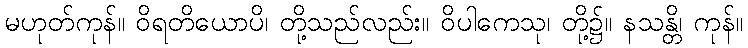
မဟုတ်ကုန်။ ဝိရတိယောပိ၊ တို့သည်လည်း။ ဝိပါကေသု၊ တို့၌။ နသန္တိ၊ ကုန်။